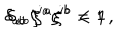
\delta _ { a b } \, \zeta { ^ { \prime a } } \zeta { ^ { \prime b } } = 1 \, , \hspace { 1 c m } \delta _ { a b } \, \dot { \xi } { ^ a } \dot { \xi } { ^ b } < 1 \, .